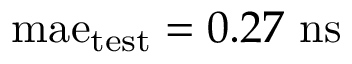
\mathrm { m a e } _ { \mathrm { t e s t } } = 0 . 2 7 ~ \mathrm { n s }